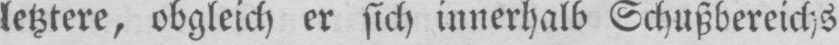
letztere, obgleich er sich innerhalb Schußbereichs